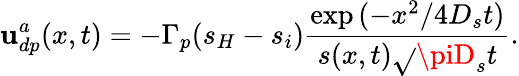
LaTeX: \mathbf{u}_{dp}^{a}(x,t)=-\Gamma_{p}(s_{H}-s_{i})\frac{{\exp{(-x^{2}/4D_{s}t)}}}{{s(x,t)\sqrt{}{{\piD_{s}t}}}}.